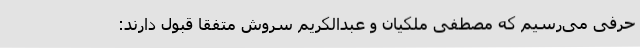
حرفی می‌رسیم که مصطفی‌ ملکیان و عبدالکریم سروش متفقاً قبول دارند: